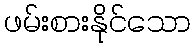
ဖမ်းစားနိုင်သော